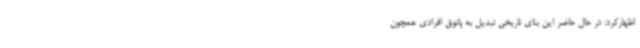
اظهارکرد: در حال حاضر این بنای تاریخی تبدیل به پاتوق افرادی همچون